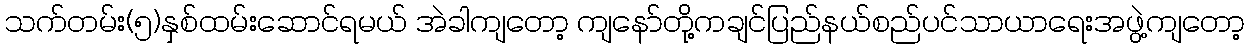
သက်တမ်း(၅)နှစ်ထမ်းဆောင်ရမယ် အဲခါကျတော့ ကျနော်တို့ကချင်ပြည်နယ်စည်ပင်သာယာရေးအဖွဲ့ကျတော့